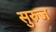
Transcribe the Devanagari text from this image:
सुरुज